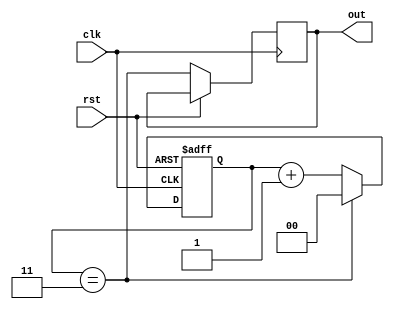
/* clock prescaler */
module prescaler # (
	/* clock divider */
	parameter DIV = 4
)
(
	/* clock reset */
	input wire clk, rst,
	/* output */
	output reg out
);

/* prescaler counter width */
localparam WIDTH = $clog2(DIV);
/* register counter */
reg [WIDTH-1:0] cnt;
/* reload signal */
wire reload = (cnt == (DIV-1));

/* counter logic */
always @ (posedge clk or posedge rst)
begin
	/* reset logic */
	if (rst) begin
		cnt <= 0;
	/* normal operation */
	end else begin
		cnt <= reload ? {(WIDTH){1'b0}} : cnt + 1'b1;
		out <= reload;
	end
end

endmodule